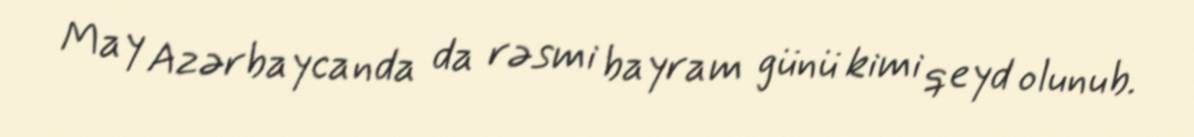
May Azərbaycanda da rəsmi bayram günü kimi qeyd olunub.